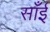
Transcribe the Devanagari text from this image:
साँईं